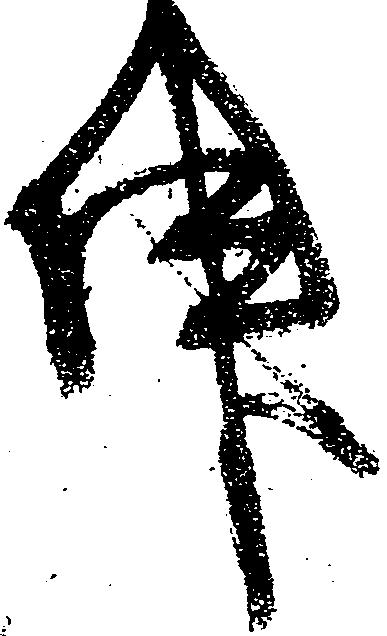
件